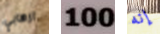
ارهابي 100 إنه